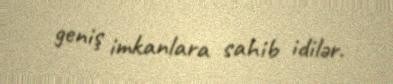
geniş imkanlara sahib idilər.